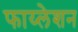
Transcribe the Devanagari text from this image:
फाय्लेशन